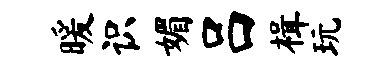
暖识媚吕楫玩